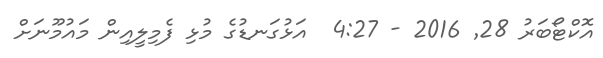
އޮކްޓޯބަރު 28